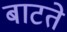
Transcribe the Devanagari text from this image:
बाटते